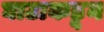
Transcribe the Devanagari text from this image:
घाटाकडून